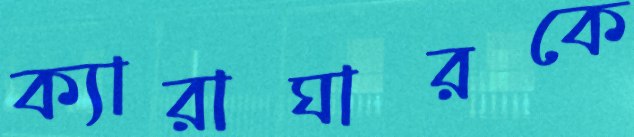
ক্যারাঘারকে